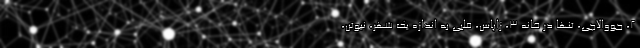
۲، جووالاچی، تنها در خانه ۳، زاپاس، قلبی به اندازه یک شهر، نیوتن،